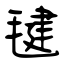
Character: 毽